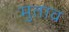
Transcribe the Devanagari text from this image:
मुताव